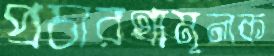
প্রচারণামূলক